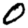
Digit: 0